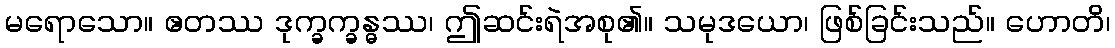
မရောသော။ ဧတဿ ဒုက္ခက္ခန္ဓဿ၊ ဤဆင်းရဲအစု၏။ သမုဒယော၊ ဖြစ်ခြင်းသည်။ ဟောတိ၊